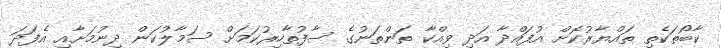
ކާބޯތަކެތި ތައްޔާރުކޮށް އުފައްދާ އަދި ވިއްކާ ތަންތަނުގެ ސާފުތާހިރުކަމަށް ސަމާލުކަން ދިނުމަށާއި އެފަދަ